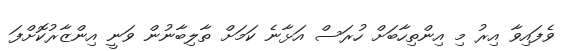
ވެފައިވާ އިރު މި އިންތިހާބަށް ހުރަސް އަޅާނެ ކަމަށް ތާލިބާނުން ވަނީ އިންޒާރުކޮށްފަ